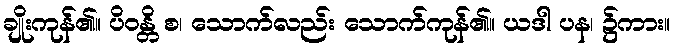
ချိုးကုန်၏။ ပိဝန္တိ စ၊ သောက်လည်း သောက်ကုန်၏။ ယဒါ ပန၊ ၌ကား။